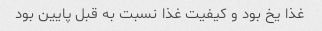
غذا یخ بود و کیفیت غذا نسبت به قبل پایین بود